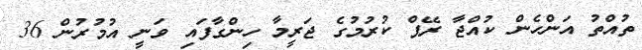
ތުއްތު އަންހެން ކުއްޖާ ރޭޕް ކުރުމުގެ ޖަރީމާ ހިންގާފައި ވަނީ އުމުރުން 36